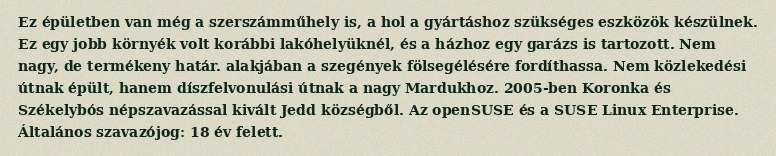
Ez épületben van még a szerszámműhely is, a hol a gyártáshoz szükséges eszközök készülnek. Ez egy jobb környék volt korábbi lakóhelyüknél, és a házhoz egy garázs is tartozott. Nem nagy, de termékeny határ. alakjában a szegények fölsegélésére fordíthassa. Nem közlekedési útnak épült, hanem díszfelvonulási útnak a nagy Mardukhoz. 2005-ben Koronka és Székelybós népszavazással kivált Jedd községből. Az openSUSE és a SUSE Linux Enterprise. Általános szavazójog: 18 év felett.